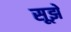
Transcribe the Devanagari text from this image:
सूझे